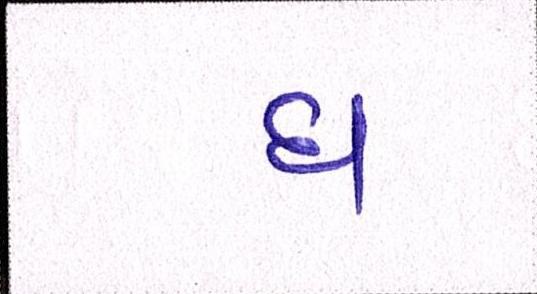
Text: ધ